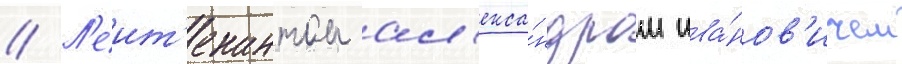
// Л'еит'енантом ал'екса́ндром ива́нов'ичем